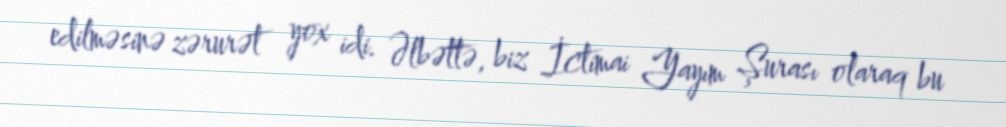
edilməsinə zərurət yox idi. Əlbəttə, biz İctimai Yayım Şurası olaraq bu